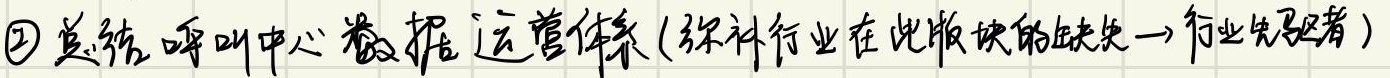
\textcircled{2} 总结呼叫中心数据运营体系(弥补行业在此版块的缺失→行业先驱者)